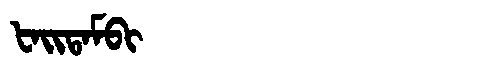
Manchu: ᡶᠠᡳᡨᠠᠮᠪᡳ
Romanization: FAITAMBI